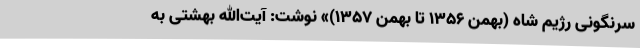
سرنگونی رژیم شاه (بهمن 1356 تا بهمن 1357)» نوشت: آیت‌الله بهشتی‌ به‌